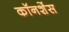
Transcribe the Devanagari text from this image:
कॉनशेंस